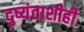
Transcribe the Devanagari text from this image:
दुष्यंताशीही